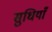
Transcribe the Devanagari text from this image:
सुधियाँ